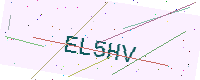
Text: EL5HV